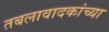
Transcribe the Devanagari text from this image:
तबलावादकांच्या